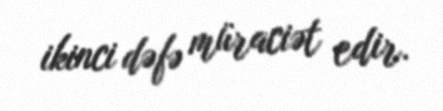
ikinci dəfə müraciət edir.